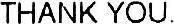
THANK YOU.